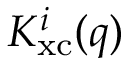
K _ { \mathrm { x c } } ^ { i } ( q )